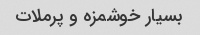
بسیار خوشمزه و پرملات